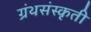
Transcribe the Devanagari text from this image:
ग्रंथसंस्कृती